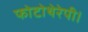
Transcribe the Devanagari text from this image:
फोटोथेरेपी।